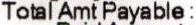
TOTAL AMT PAYABLE :